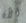
الآن